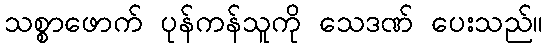
သစ္စာဖောက် ပုန်ကန်သူကို သေဒဏ် ပေးသည်။